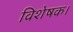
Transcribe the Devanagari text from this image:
विशेषक।